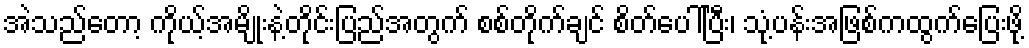
အဲသည်တော့ ကိုယ့်အမျိုးနဲ့တိုင်းပြည်အတွက် စစ်တိုက်ချင် စိတ်ပေါ်ပြီး၊ သုံ့ပန်းအဖြစ်ကထွက်ပြေးဖို့